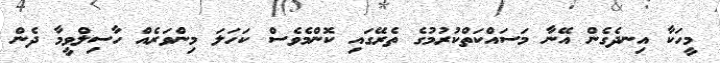
މީހަކާ އިނދެގެން އޭނާ މަސައްކަތްކުރުމުގެ ތެރޭގައި ކޮންމެވެސް ކަހަލަ މިންވަރެއް ހާސިލްވީމާ ދެން